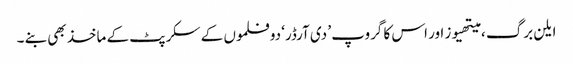
ایلن برگ ، میتھیوز اور اس کا گروپ ’ دی آرڈر‘ دو فلموں کے سکرپٹ کے ماخذ بھی بنے ۔